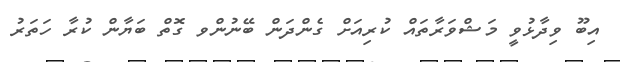
އިބޫ ވިދާޅުވީ މަޝްވަރާތައް ކުރިއަށް ގެންދަން ބޭނުންވ ގޮތް ބަޔާން ކުރާ ހަތަރު